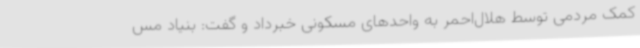
کمک مردمی توسط هلال‌احمر به واحدهای مسکونی خبرداد و گفت: بنیاد مس